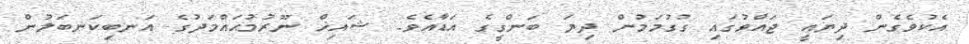
އެކުވެގެން ދިޔައީ ޖައްވުގައި ގުގުމަމުން ދިޔަ ބަންގީގެ އަޑާއެވެ. ޝައިޚް ނޫރުމުޙައްމަދުގެ އަނބިކަނބަލުން